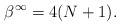
LaTeX: \begin{align*}\beta^\infty = 4(N+1).\end{align*}